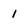
Character: 1